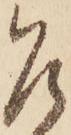
乍